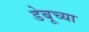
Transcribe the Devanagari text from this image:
डेबूच्या